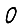
Digit: 0